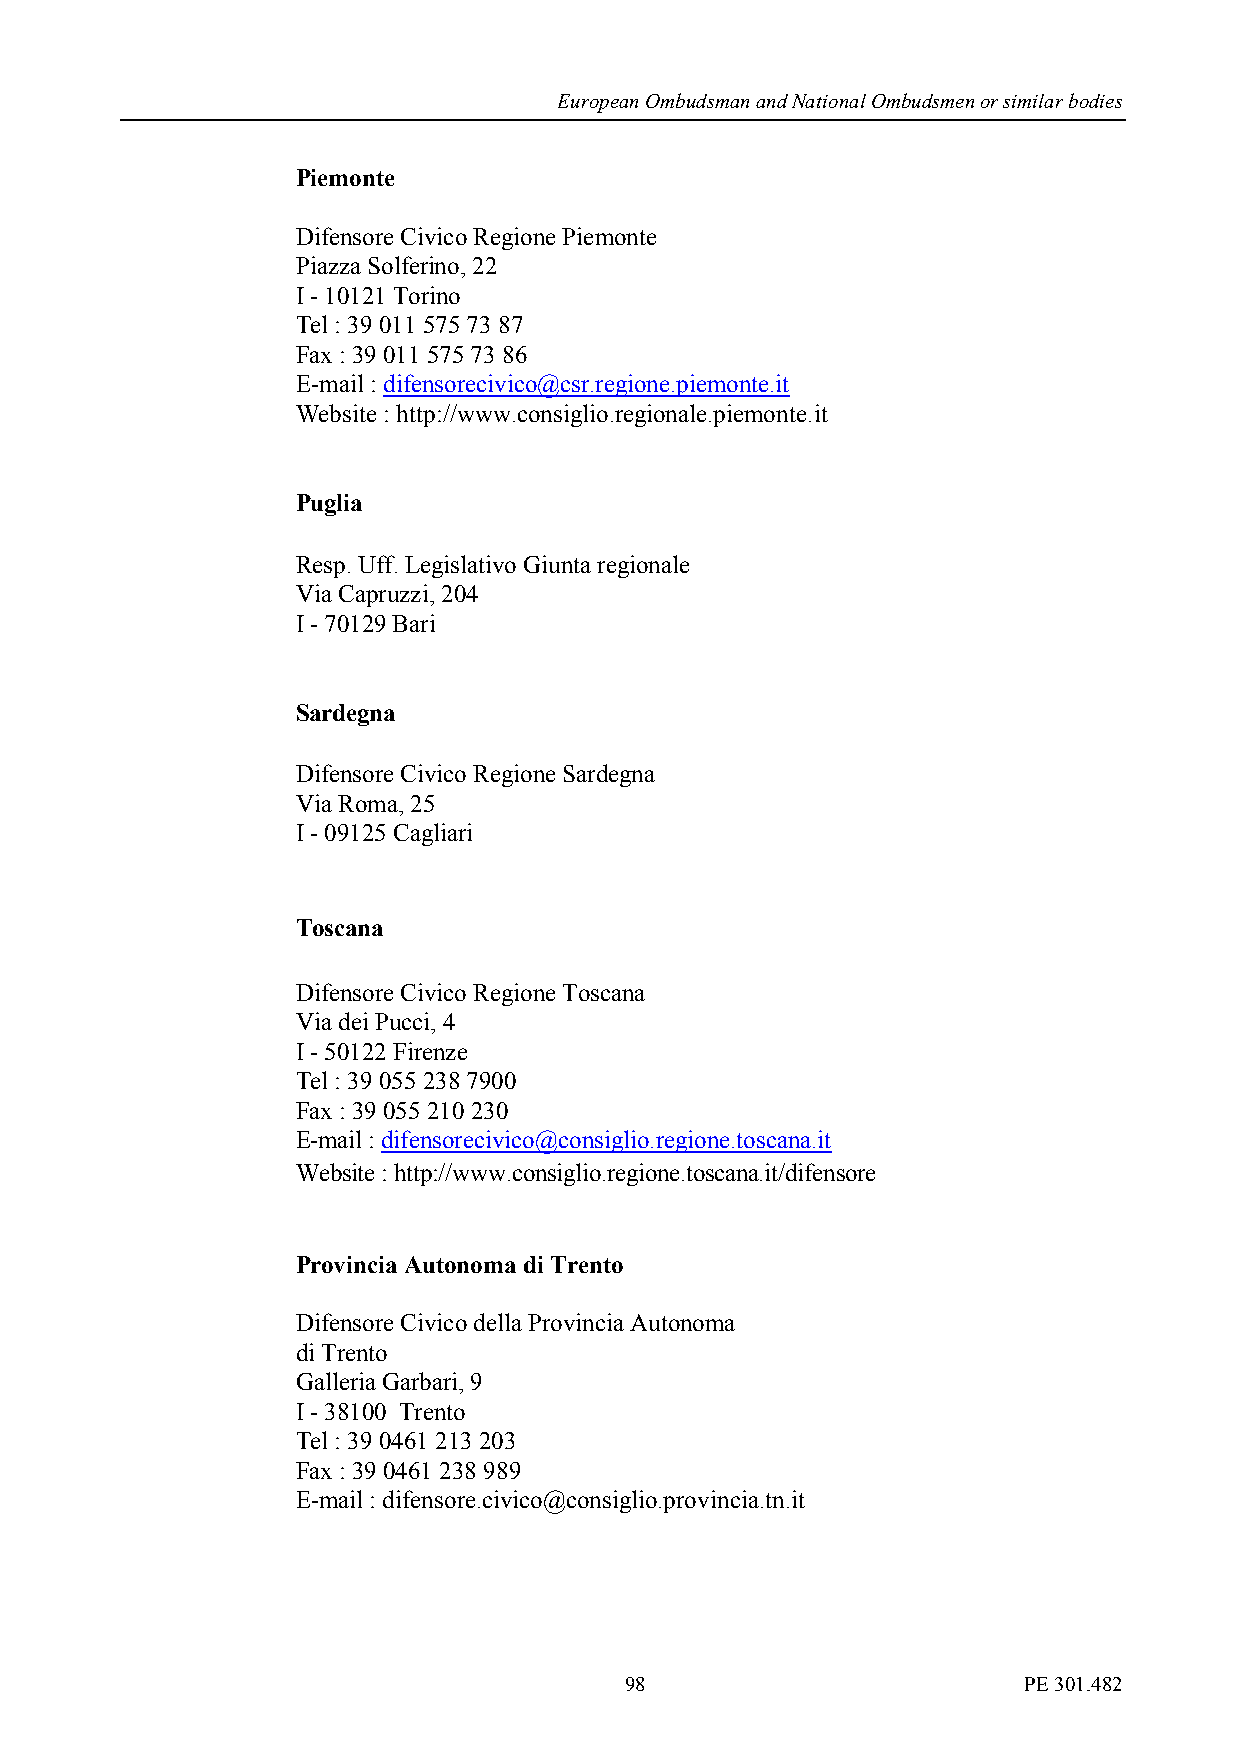
European Ombudsman and National Ombudsmen or similar bodies
 Piemonte
 Difensore Civico Regione Piemonte
 Piazza Solferino, 22
 I - 10121 Torino
 Tel : 39 011 575 73 87
 Fax : 39 011 575 73 86
 E-mail : difensorecivico@csr.regione.piemonte.it
 Website : http://www.consiglio.regionale.piemonte.it
 Puglia
 Resp. Uff. Legislativo Giunta regionale
 Via Capruzzi, 204
 I - 70129 Bari
 Sardegna
 Difensore Civico Regione Sardegna
 Via Roma, 25
 I - 09125 Cagliari
 Toscana
 Difensore Civico Regione Toscana
 Via dei Pucci, 4
 I - 50122 Firenze
 Tel : 39 055 238 7900
 Fax : 39 055 210 230
 E-mail : difensorecivico@consiglio.regione.toscana.it
 Website : http://www.consiglio.regione.toscana.it/difensore
 Provincia Autonoma di Trento
 Difensore Civico della Provincia Autonoma
 di Trento
 Galleria Garbari, 9
 I - 38100 Trento
 Tel : 39 0461 213 203
 Fax : 39 0461 238 989
 E-mail : difensore.civico@consiglio.provincia.tn.it
 98                         PE 301.482